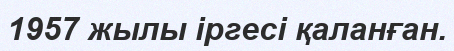
1957 жылы іргесі қаланған.